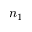
n _ { 1 }